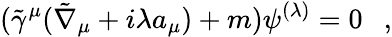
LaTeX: (\tilde{\gamma}^{\mu}(\tilde{\nabla}_{\mu}+i\lambda a_{\mu})+m)\psi^{(\lambda)}=0~~~,